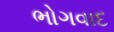
ભોગવાદ